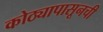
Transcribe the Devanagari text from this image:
कोठ्यापासूनची